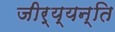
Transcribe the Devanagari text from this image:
जीर्य्यन्ति